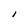
Character: I